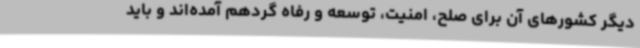
دیگر کشورهای آن برای صلح، امنیت، توسعه و رفاه گردهم آمده‌اند و باید